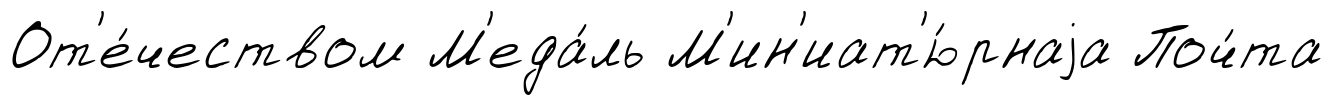
От'е́чеством М'еда́ль М'ин'иат'ю́рнаjа Поч́та